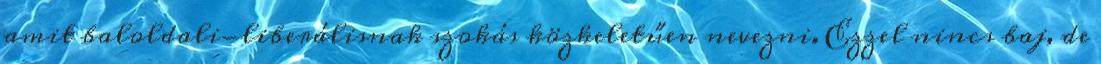
amit baloldali-liberálisnak szokás közkeletűen nevezni. Ezzel nincs baj, de